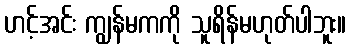
ဟင့်အင်း ကျွန်မကကို သူရိန်မဟုတ်ပါဘူး။